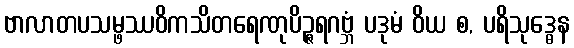
ဗာလာတပသမ္ဖဿဝိကသိတရေဏုပိဉ္ဇရဂဗ္ဘံ ပဒုမံ ဝိယ စ, ပရိသုဒ္ဓေန